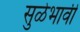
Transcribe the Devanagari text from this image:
सुळेभावी